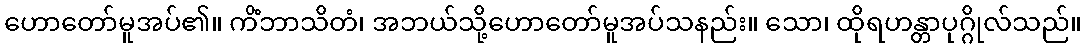
ဟောတော်မူအပ်၏။ ကိံဘာသိတံ၊ အဘယ်သို့ဟောတော်မူအပ်သနည်း။ သော၊ ထိုရဟန္တာပုဂ္ဂိုလ်သည်။